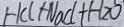
H C l + N a C l + H 2 O